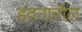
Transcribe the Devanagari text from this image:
हवनातील